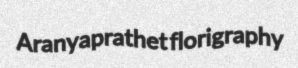
Aranyaprathet florigraphy